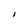
Character: I